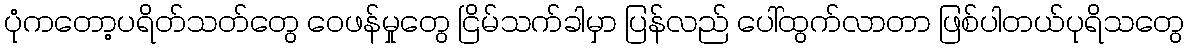
ပုံကတော့ပရိတ်သတ်တွေ ဝေဖန်မှုတွေ ငြိမ်သက်ခါမှာ ပြန်လည် ပေါ်ထွက်လာတာ ဖြစ်ပါတယ်ပုရိသတွေ